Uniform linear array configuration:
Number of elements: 8
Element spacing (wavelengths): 0.5
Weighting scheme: blackman
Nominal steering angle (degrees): -60
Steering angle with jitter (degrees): -60.891
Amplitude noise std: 0.05
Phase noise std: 0.05

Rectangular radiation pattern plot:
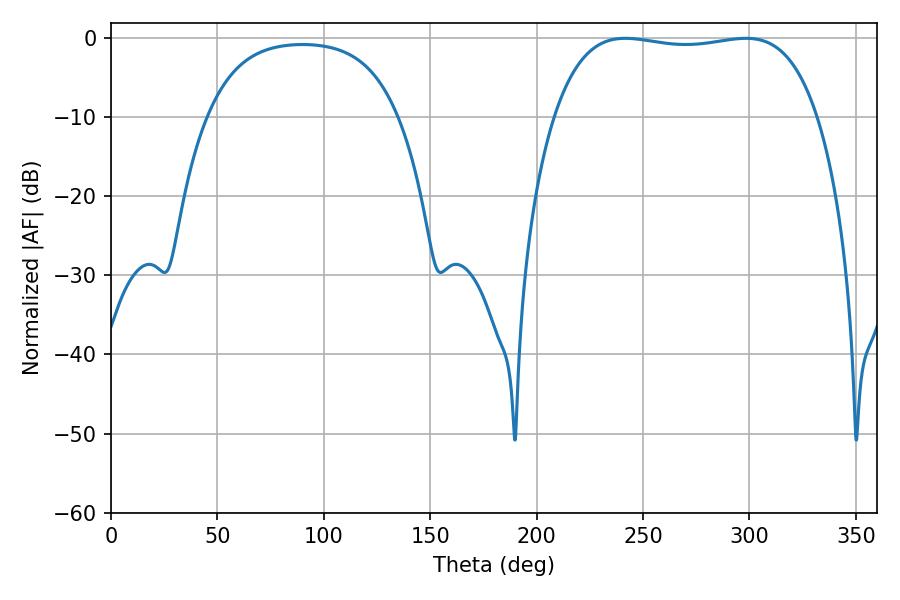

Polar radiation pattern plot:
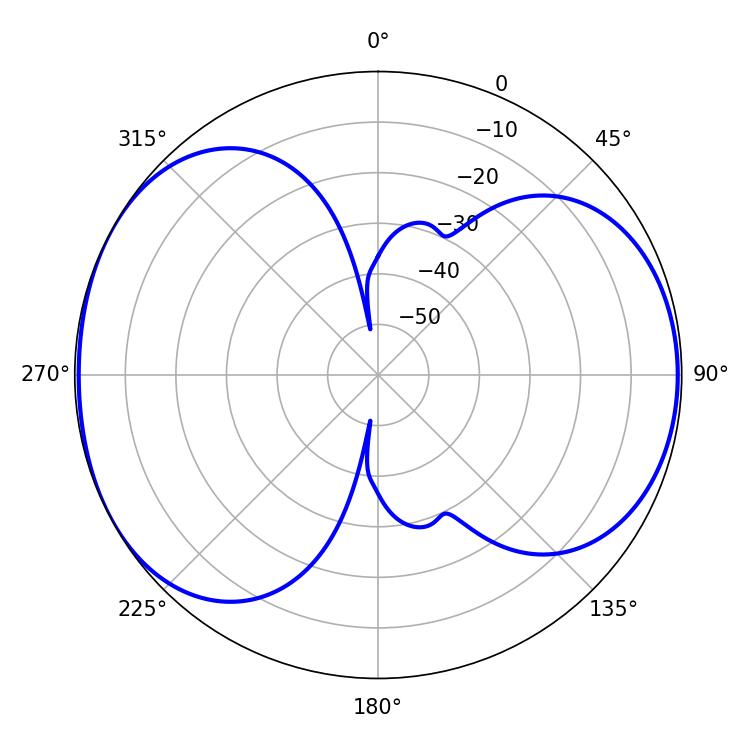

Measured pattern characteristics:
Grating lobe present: FALSE
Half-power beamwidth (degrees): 99
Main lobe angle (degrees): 241.74